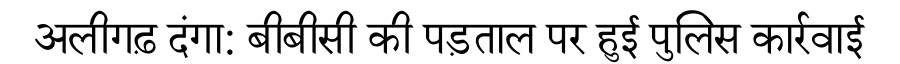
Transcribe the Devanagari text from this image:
अलीगढ़ दंगा: बीबीसी की पड़ताल पर हुई पुलिस कार्रवाई